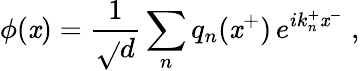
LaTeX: \phi\! \left(\mathit{x}\right)={\frac{{1}}{{\sqrt{}{d}}}}\sum_{n}q_{n}(\mathit{x}^{+})\, e^{ik_{n}^{+}\mathit{x}^{-}}\; ,